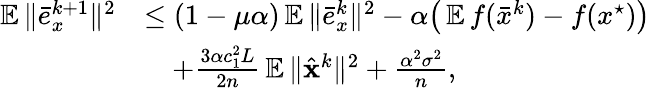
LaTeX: \begin{array}{rl}{\mathop{\mathbb{E}}\| \bar{e}_{x}^{k+1}\| ^{2}}&{\leq(1-\mu\alpha)\mathop{\mathbb{E}}\| \bar{e}_{x}^{k}\| ^{2}-\alpha\big(\mathop{\mathbb{E}}f(\bar{x}^{k})-f(x^{\star})\big)}\\ &{\quad+\frac{3\alpha c_{1}^{2}L}{2n}\mathop{\mathbb{E}}\| \hat{{\mathbf{x}}}^{k}\| ^{2}+\frac{\alpha^{2}\sigma^{2}}{n},}\end{array}